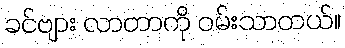
ခင်ဗျား လာတာကို ဝမ်းသာတယ်။